Vaccination in Burma 1889-1999 - 1889-1999
Year: 1889
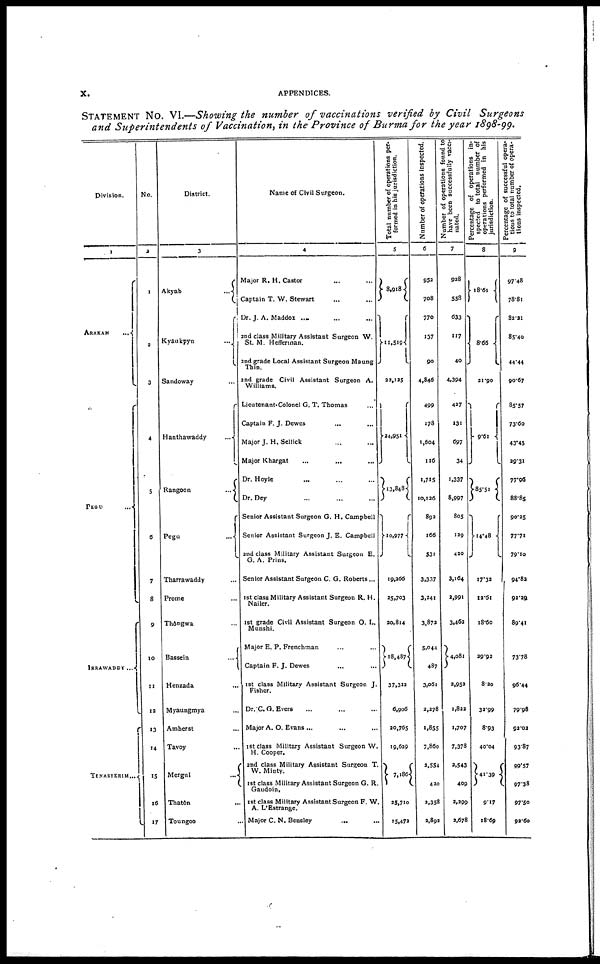
x.
APPENDICES.
STATEMENT NO. VI.—Showing the number of vaccinations verified by Civil Surgeons
and Superintendents of Vaccination, in the Province of Burma for the year 1898-99.
Division.
1
ARAKAN
PEGU ...
IRRAWADDY ...
TENASSERIM ...
No.
2
1
2
3
4
5
6
7
8
9
10
11
12
13
14
15
15
17
District.
3
Akyab
...
Kyaukpyu ...
Sandoway ...
Hanthawaddy ...
Rangoon ...
Pegu ...
Tharrawaddy ...
Prome ...
Thôngwa ...
Bassein
...
Henzada ...
Myaungmya ...
Amherst ...
Tavoy ...
Mergui ...
Thatôn ...
Toungoo
...
Name of Civil Surgeon.
4
Major R. H. Castor ... ...
Captain T. W. Stewart ...
Dr. J. A. Maddox ... ... ...
2nd class Military Assistant Surgeon W.
St. M. Hefferinan.
2nd grade Local Assistant Surgeon Maung
2nd grade Civil Assistant Surgeon A.
Williams.
Lieutenant-Colonel G. T. Thomas ...
Captain F. J. Dewes ...
Major J. H.Sellick ... ...
Major Khargat
...
... ...
Dr. Hoyle ... ... ...
Dr. Dey ... ... ...
Senior Assistant Surgeon G. H. Campbell
Senior Assistant Surgeon J. E. Campbell
and class Military Assistant Surgeon E.
G. A. Prins.
Senior Assistant Surgeon C. G. Roberts...
1st class Military Assistant Surgeon R. H.
Nailer.
1st grade Civil Assistant Surgeon O. L.
Munshi.
Major E. P. Frenchman ... ...
Captain F. J. Dewes ... ...
1st class Military Assistant Surgeon J.
Fisher.
Dr.C.G. Evers ... ... ...
Major A. O. Evans ...
1st class Military Assistant Surgeon W.
H. Cooper.
2nd class Military Assistant Surgeon T.
W. Minty.
1st class Military Assistant Surgeon G. R.
Gaudoin,
1st class Military Assistant Surgeon F. W.
A. L'Estrange.
Major C. N. Bensley
... ...
Total number of operations per-
formed in his jurisdiction.
5
8,918
11,519
22,125
24,951
13,848
10,977
19,266
25,703
20,814
18,487
37,322
6,906
20,765
19,629
7,186
33,710
15,473
Number of operations inspected.
6
953
708
770
137
90
4,846
499
178
1,604
116
1,715
10,126
892
166
531
3,337
3,241
3,872
5,044
487
3,061
2,278
1,855
7,860
2,554
420
2,358
2,893
Number of operations round to
have been successfully vacci-
nated.
7
938
558
633
117
40
4,394
437
131
697
34
1,337
8,997
805
139
420
3,164
2,991
3,463
4,081
2,952
1,822
1,707
7,378
2,543
409
2,299
2,678
Percentage of operations in-
spected to total number of
operations performed in his
jurisdiction.
8
18.61
8.66
21.90
9.61
85.51
14.48
17.32
12.61
18.60
29.92
8.20
32.99
8.93
40.04
41.39
9.17
18.69
P ercentage of successful opera-
tions to total number of opera-
tions inspected.
9
97.48
78.81
82.21
85.40
44.44
90.67
85.57
73.60
43.45
29.31
77.96
88.85
90.35
77.71
79.10
94.82
92.29
89.41
73.78
96.44
79.98
92.02
93.87
99.57
97.38
97.50
93.60